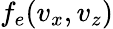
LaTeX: f_{e}(v_{x},v_{z})